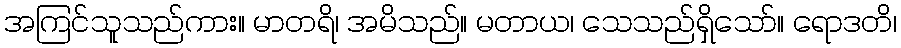
အကြင်သူသည်ကား။ မာတရိ၊ အမိသည်။ မတာယ၊ သေသည်ရှိသော်။ ရောဒတိ၊